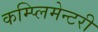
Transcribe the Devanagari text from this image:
कम्प्लिमेन्टरी